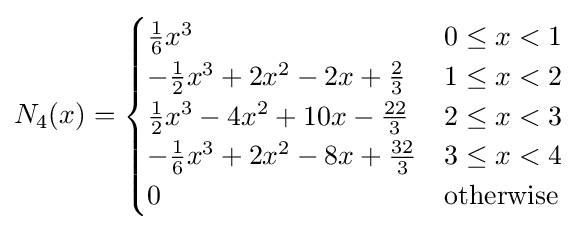
N_{4}(x)={\begin{cases}{\frac {1}{6}}x^{3}&0\leq x<1\\-{\frac {1}{2}}x^{3}+2x^{2}-2x+{\frac {2}{3}}&1\leq x<2\\{\frac {1}{2}}x^{3}-4x^{2}+10x-{\frac {22}{3}}&2\leq x<3\\-{\frac {1}{6}}x^{3}+2x^{2}-8x+{\frac {32}{3}}&3\leq x<4\\0&{\text{otherwise}}\end{cases}}